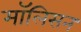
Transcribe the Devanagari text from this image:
मॉलिसन